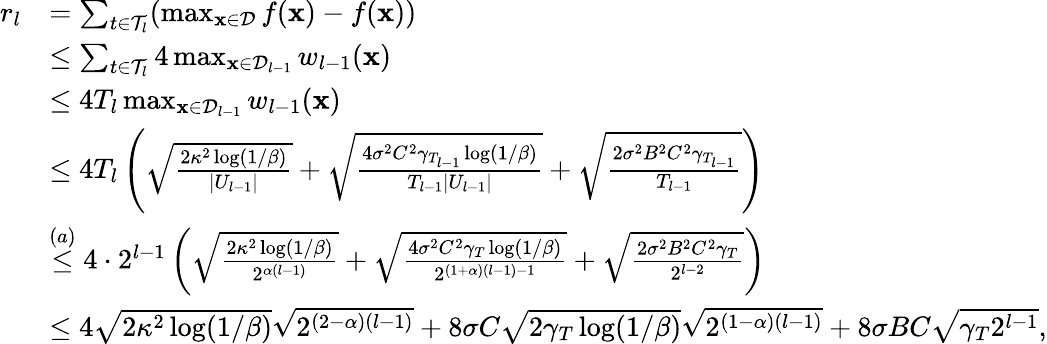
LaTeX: \begin{array}{rl}{r_{l}}&{=\sum_{t\in\mathcal{T}_{l}}(\operatorname*{max}_{\mathbf{x}\in\mathcal{D}}f(\mathbf{x})-f(\mathbf{x}))}\\ &{\leq\sum_{t\in\mathcal{T}_{l}}4\operatorname*{max}_{\mathbf{x}\in\mathcal{D}_{l-1}}w_{l-1}(\mathbf{x})}\\ &{\leq 4T_{l}\operatorname*{max}_{\mathbf{x}\in\mathcal{D}_{l-1}}w_{l-1}(\mathbf{x})}\\ &{\leq 4T_{l}\left(\sqrt{\frac{2\kappa^{2}\log(1/\beta)}{|U_{l-1}|}}+\sqrt{\frac{4\sigma^{2}C^{2}\gamma_{T_{l-1}}\log(1/\beta)}{T_{l-1}|U_{l-1}|}}+\sqrt{\frac{2\sigma^{2}B^{2}C^{2}\gamma_{T_{l-1}}}{T_{l-1}}}\right)}\\ &{\overset{(a)}{\leq}4\cdot 2^{l-1}\left(\sqrt{\frac{2\kappa^{2}\log(1/\beta)}{2^{\alpha(l-1)}}}+\sqrt{\frac{4\sigma^{2}C^{2}\gamma_{T}\log(1/\beta)}{2^{(1+\alpha)(l-1)-1}}}+\sqrt{\frac{2\sigma^{2}B^{2}C^{2}\gamma_{T}}{2^{l-2}}}\right)}\\ &{\leq 4\sqrt{2\kappa^{2}\log(1/\beta)}\sqrt{2^{(2-\alpha)(l-1)}}+8\sigma C\sqrt{2\gamma_{T}\log(1/\beta)}\sqrt{2^{(1-\alpha)(l-1)}}+8\sigma BC\sqrt{\gamma_{T}2^{l-1}},}\end{array}